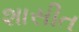
શાસીત